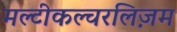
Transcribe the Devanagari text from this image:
मल्टीकल्चरलिज़म